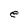
Character: e